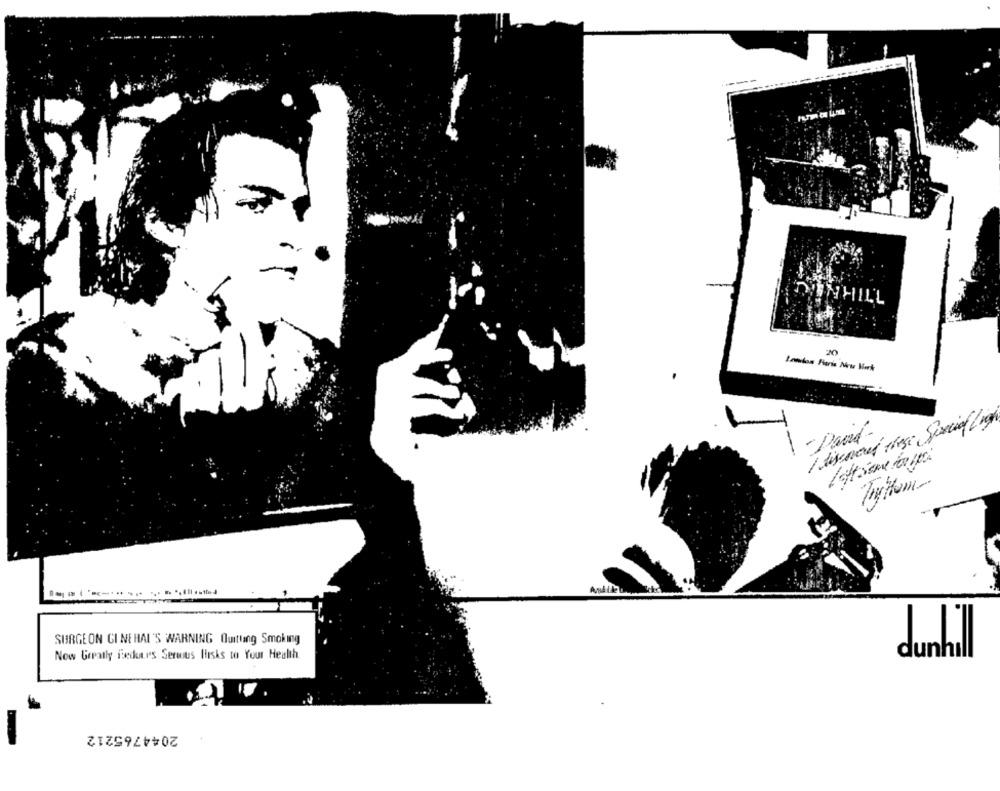
DUNHILL
I discovered chese Speciof Light
1
- Paid-
SURGEON CI NEHAL'S WARNING Quitting Smoking
Now Greatly BeduLes Serwus linsks to Your Health.
2044765212